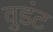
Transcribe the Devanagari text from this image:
वुडंट